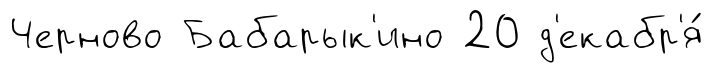
Черново Бабарык'ино 20 д'екабр'я́